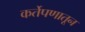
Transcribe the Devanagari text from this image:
कर्तेपणातून